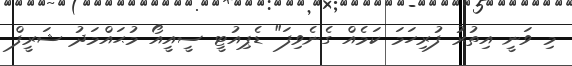
މި ވަނީ އިތުރު ފުރިހަމަ ކަމެއް ގެނެވިފަ" ޑެޕިއުޓީ ސީއީއޯ މުޙައްމަދު ޝަރީފް